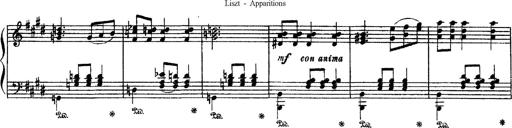
Title: Apparitions
Composer: Franz Liszt